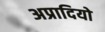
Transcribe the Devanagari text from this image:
अप्रादियो